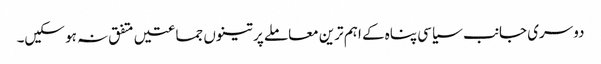
دوسری جانب سیاسی پناہ کے اہم ترین معاملے پر تینوں جماعتیں متفق نہ ہو سکیں۔